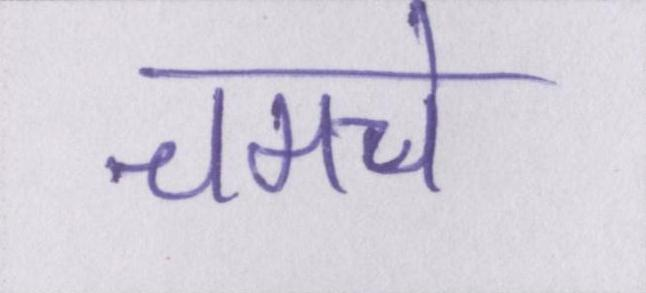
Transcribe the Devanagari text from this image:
चमचे